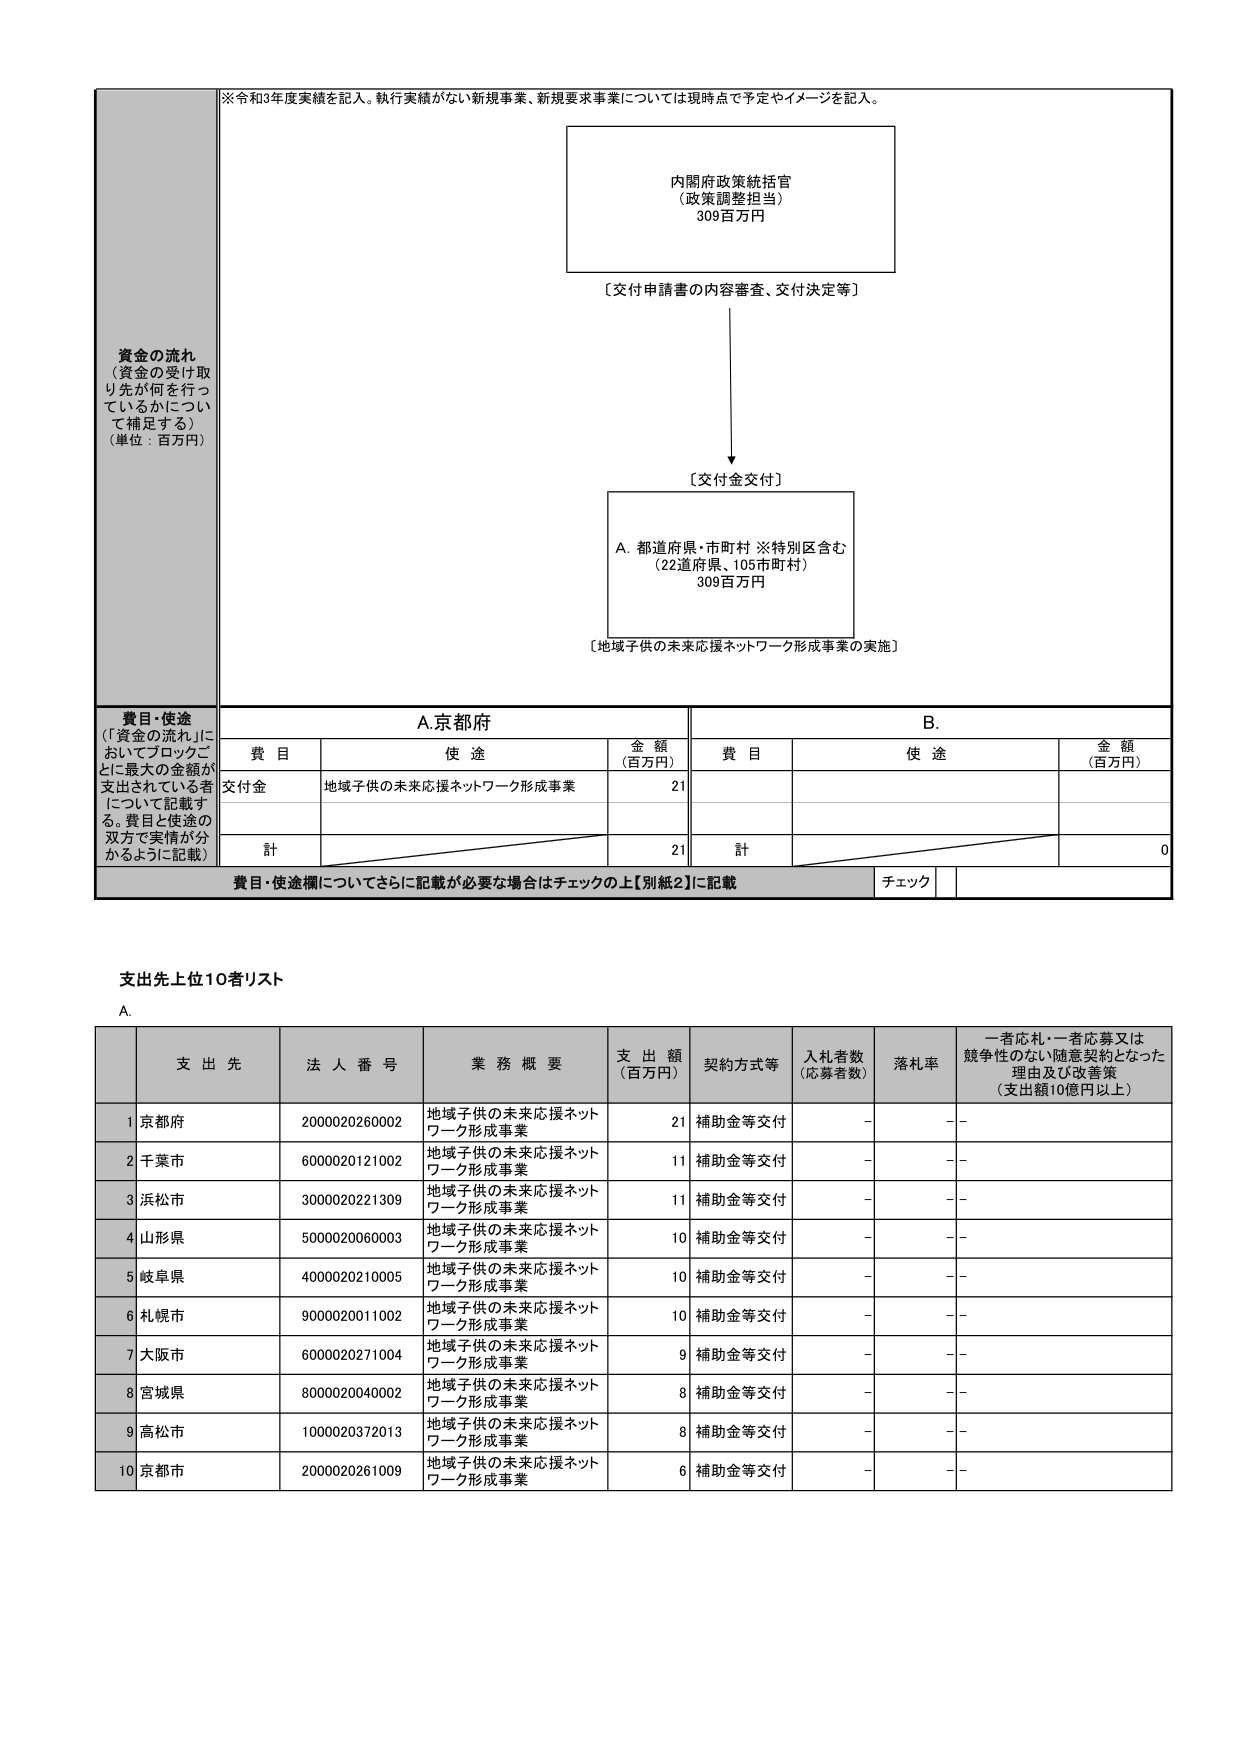
※令和3年度実績を記入。執行実績がない新規事業、新規要求事業については現時点で予定やイメージを記入。

内閣府政策統括官
（政策調整担当）
309百万円

〔交付申請書の内容審査、交付決定等〕

↓

〔交付金交付〕

A. 都道府県・市町村 ※特別区含む
（22道府県、105市町村）
309百万円

〔地域子供の未来応援ネットワーク形成事業の実施〕

資金の流れ
（資金の受け取り先が何を行っているかについて補足する）
（単位：百万円）

費目・使途
（「資金の流れ」に
おいてブロックごとに最大の金額が
支出されている者について記載す
る。費目と使途の
双方で実情が分
かるように記載）

A.京都府

| 費目 | 使途 | 金額（百万円） |
|------|------|----------------|
| 交付金 | 地域子供の未来応援ネットワーク形成事業 | 21 |
| 計 | | 21 |

B.

| 費目 | 使途 | 金額（百万円） |
|------|------|----------------|
| | | |
| 計 | | 0 |

費目・使途欄についてさらに記載が必要な場合はチェックの上【別紙2】に記載
チェック

支出先上位10者リスト

A.

| | 支出先 | 法人番号 | 業務概要 | 支出額（百万円） | 契約方式等 | 入札者数（応募者数） | 落札率 | 一者応札・一者応募又は競争性のない随意契約となった理由及び改善策（支出額10億円以上） |
|---|--------|----------|----------|------------------|------------|----------------------|--------|--------------------------------------------------------------------------------------------|
| 1 | 京都府 | 2000020260002 | 地域子供の未来応援ネットワーク形成事業 | 21 | 補助金等交付 | - | - | - |
| 2 | 千葉市 | 6000020121002 | 地域子供の未来応援ネットワーク形成事業 | 11 | 補助金等交付 | - | - | - |
| 3 | 浜松市 | 3000020221309 | 地域子供の未来応援ネットワーク形成事業 | 11 | 補助金等交付 | - | - | - |
| 4 | 山形県 | 5000020060003 | 地域子供の未来応援ネットワーク形成事業 | 10 | 補助金等交付 | - | - | - |
| 5 | 岐阜県 | 4000020210005 | 地域子供の未来応援ネットワーク形成事業 | 10 | 補助金等交付 | - | - | - |
| 6 | 札幌市 | 9000020011002 | 地域子供の未来応援ネットワーク形成事業 | 10 | 補助金等交付 | - | - | - |
| 7 | 大阪市 | 6000020271004 | 地域子供の未来応援ネットワーク形成事業 | 9 | 補助金等交付 | - | - | - |
| 8 | 宮城県 | 8000020040002 | 地域子供の未来応援ネットワーク形成事業 | 8 | 補助金等交付 | - | - | - |
| 9 | 高松市 | 1000020372013 | 地域子供の未来応援ネットワーク形成事業 | 8 | 補助金等交付 | - | - | - |
| 10 | 京都市 | 2000020261009 | 地域子供の未来応援ネットワーク形成事業 | 6 | 補助金等交付 | - | - | - |